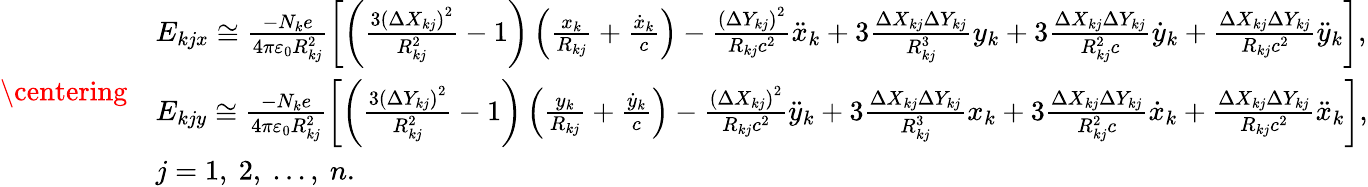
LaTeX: \centering\begin{array}{rl}&{E_{kjx}\cong\frac{-N_{k}e}{4\pi\varepsilon_{0}R_{kj}^{2}}\left[\left(\frac{3\left(\Delta X_{kj}\right)^{2}}{R_{kj}^{2}}-1\right)\left(\frac{x_{k}}{R_{kj}}+\frac{\dot{x}_{k}}{c}\right)-\frac{\left(\Delta Y_{kj}\right)^{2}}{R_{kj}c^{2}}\ddot{x}_{k}+3\frac{\Delta X_{kj}\Delta Y_{kj}}{R_{kj}^{3}}y_{k}+3\frac{\Delta X_{kj}\Delta Y_{kj}}{R_{kj}^{2}c}\dot{y}_{k}+\frac{\Delta X_{kj}\Delta Y_{kj}}{R_{kj}c^{2}}\ddot{y}_{k}\right],}\\ &{E_{kjy}\cong\frac{-N_{k}e}{4\pi\varepsilon_{0}R_{kj}^{2}}\left[\left(\frac{3\left(\Delta Y_{kj}\right)^{2}}{R_{kj}^{2}}-1\right)\left(\frac{y_{k}}{R_{kj}}+\frac{\dot{y}_{k}}{c}\right)-\frac{\left(\Delta X_{kj}\right)^{2}}{R_{kj}c^{2}}\ddot{y}_{k}+3\frac{\Delta X_{kj}\Delta Y_{kj}}{R_{kj}^{3}}x_{k}+3\frac{\Delta X_{kj}\Delta Y_{kj}}{R_{kj}^{2}c}\dot{x}_{k}+\frac{\Delta X_{kj}\Delta Y_{kj}}{R_{kj}c^{2}}\ddot{x}_{k}\right],}\\ &{j=1,~2,~...,~n.}\end{array}